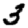
Digit: 3